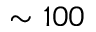
\sim 1 0 0